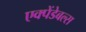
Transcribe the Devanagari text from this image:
एक्पेंडेबल्स